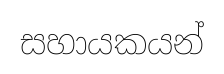
සහායකයන්